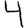
Digit: 4